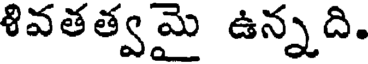
శివతత్వమై ఉన్నది.